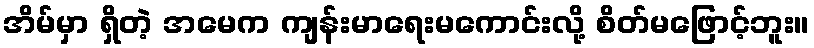
အိမ်မှာ ရှိတဲ့ အမေက ကျန်းမာရေးမကောင်းလို့ စိတ်မဖြောင့်ဘူး။